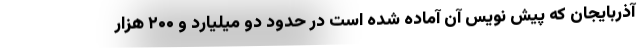
آذربایجان که پیش نویس آن آماده شده است در حدود دو میلیارد و ۲۰۰ هزار